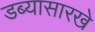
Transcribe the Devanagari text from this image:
डब्यासारखे